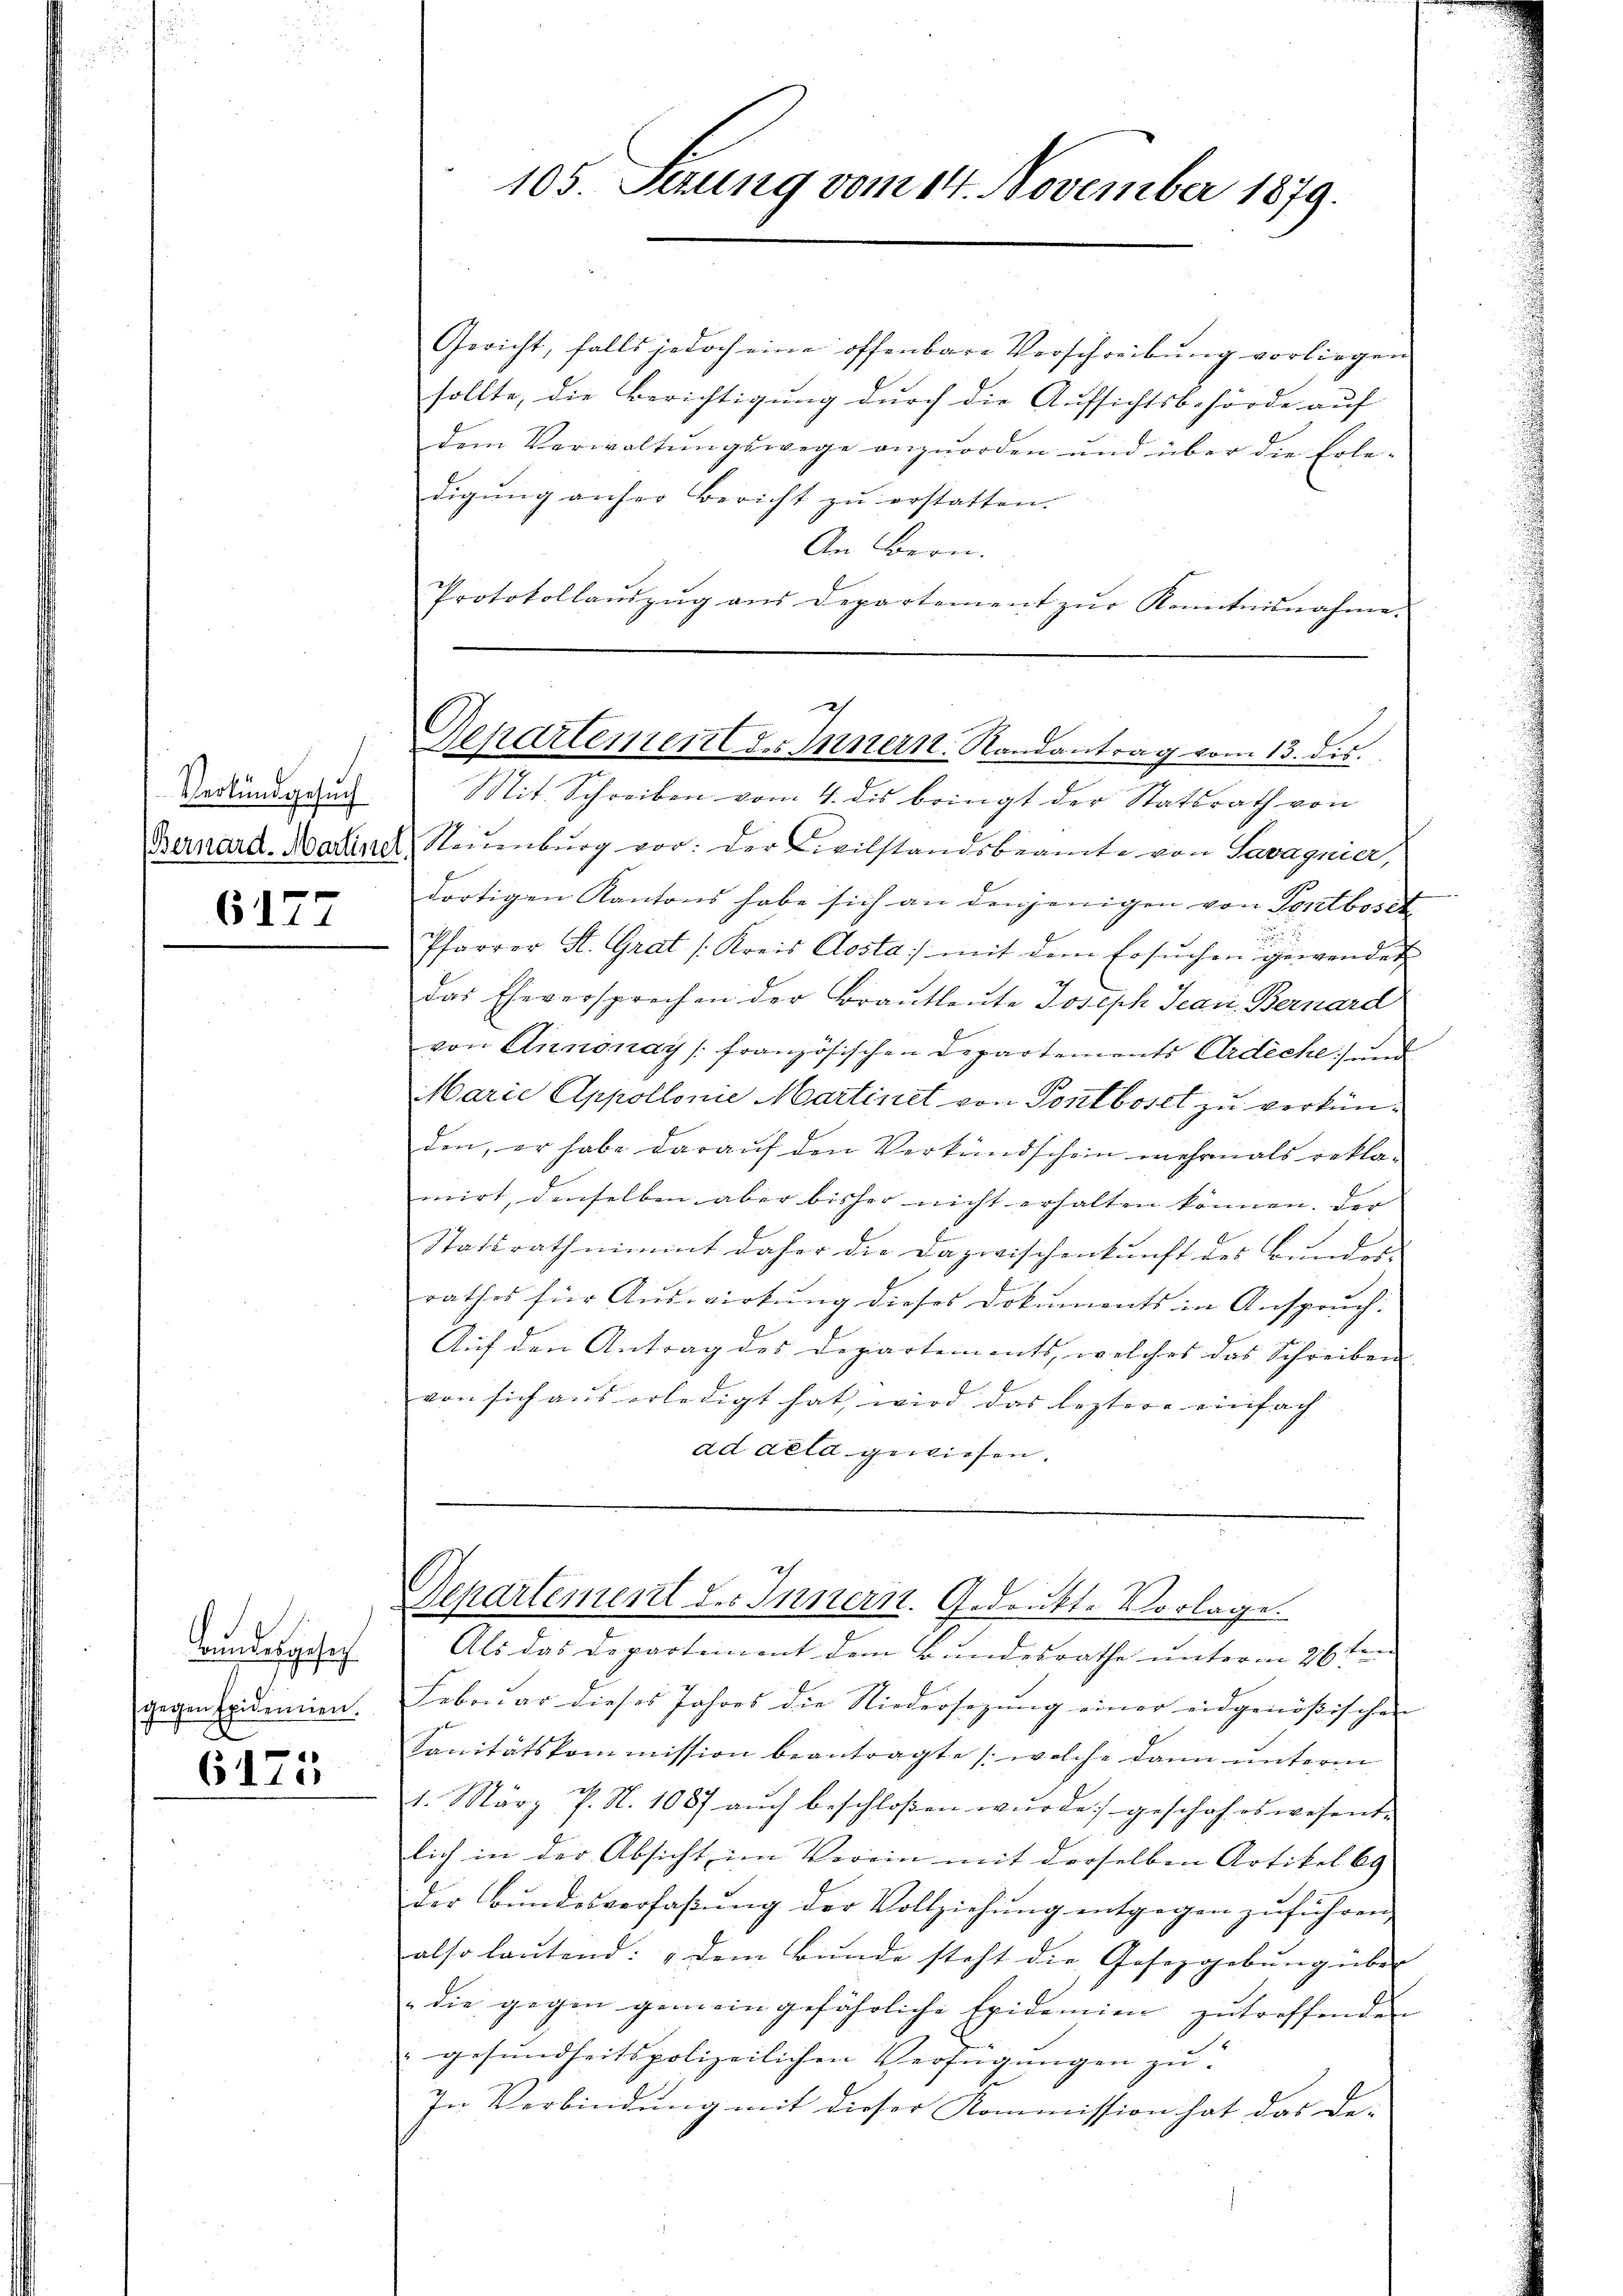
Verkundgesuch

6177

Bundesgeseh
gegen Epidemien.
E

6175

Gericht, falls jedoch eine offenbare Vorschreibŭng vorliegen
sollte, die Berichtigung durch die Aufsichtsbehörde auf
dem Verwaltungswege anzuorden und über die Erle-
digung anher Bericht zu erstatten.
An Bern.
Protokollaŭszŭg ans Departement zŭr Kenntnisnahme.
Mit Schreiben vom 4. dis bringt der Statsrath von
Bernard-Marline, Neuenburg vor: der Civilstandsbeamte von Savagnier,
dortigen Kantons habe sich an denjenigen von Tontboset

Pfarrer St. Grat (Kreis Aosta mit dem Ersŭchen gewendet
das Eheversprechen der Brautleute Joseph Jean Bernard
von Annonay (französischen Departements Ardiche) und
Marie Appollonie Martinet von Pontboset zu verkünden, er habe darauf den Verkündschein mehrmals rekla-
mirt, denselben aber bisher nicht erhalten können. Der |
Statsrath nimmt daher die Dazwischenkunft des Bundes-
rathes für Auswirkung dieses Dokuments in Anspruch.
Auf den Antrag des Departements, welches das Schreiben
von sich aus erledigt hat, wird das leztere einfach
ad acta gewiesen.
Departement des Innern. Gedankt-Vorlage.
Als das Departement dem Bundesrathe unterm 26 ten
Februar dieses Jahres die Niedersezung einer eidgenößischen
Sanitätskommission beantragte (welche dann unterm
1. März P. N. 1087 aŭch beschloßen wŭrde geschah es wesent-
lich in der Absicht im Verein mit derselben Artikel 69
der Bŭndesverfaβŭng der Vollziehŭng entgegen zŭführen.
also lautend: „dem Bunde steht die Gesetzgebung über
die gegen gemein gefährliche Epidemien zŭ treffenden
"gesundheitspolizeilichen Verfügungen zu
In Verbindung mit dieser Kommission hat das De- |

105. Sezung vom 14. November 1879.

Departement zu Innern Randantrag vom 13. ds.